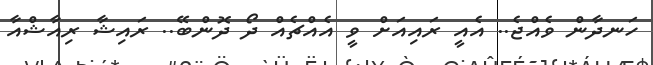
ހަނދާން ވެއްޖެ.. އެއީ ރައިއަށް ވީ އެއްޗެއް ދޯ ދޮންބޭ.. ރައިޝާ ރިއާޝްއާ